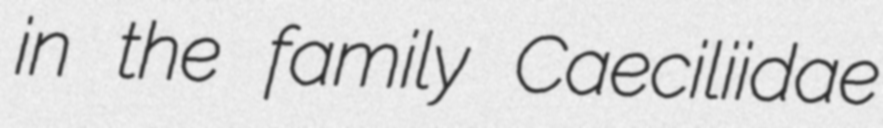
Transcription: in the family Caeciliidae